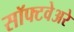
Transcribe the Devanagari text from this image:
सॉफ्टवेअरे